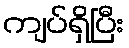
ကျပ်ရှိပြီး